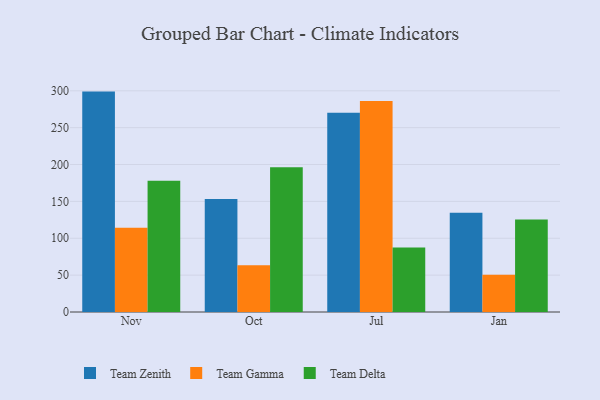
{"axis": {"x": "Month", "y": "Production Output"}, "legend": ["Team Delta", "Team Gamma", "Team Zenith"], "data": [{"x": "Nov", "y": 298.9, "type": "Team Zenith"}, {"x": "Nov", "y": 114.4, "type": "Team Gamma"}, {"x": "Nov", "y": 177.9, "type": "Team Delta"}, {"x": "Oct", "y": 153.1, "type": "Team Zenith"}, {"x": "Oct", "y": 63.5, "type": "Team Gamma"}, {"x": "Oct", "y": 196.2, "type": "Team Delta"}, {"x": "Jul", "y": 270.2, "type": "Team Zenith"}, {"x": "Jul", "y": 286.3, "type": "Team Gamma"}, {"x": "Jul", "y": 87.4, "type": "Team Delta"}, {"x": "Jan", "y": 134.5, "type": "Team Zenith"}, {"x": "Jan", "y": 50.6, "type": "Team Gamma"}, {"x": "Jan", "y": 125.5, "type": "Team Delta"}]}